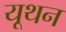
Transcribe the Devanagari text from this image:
यूथन